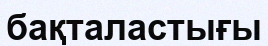
бақталастығы